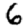
Digit: 6